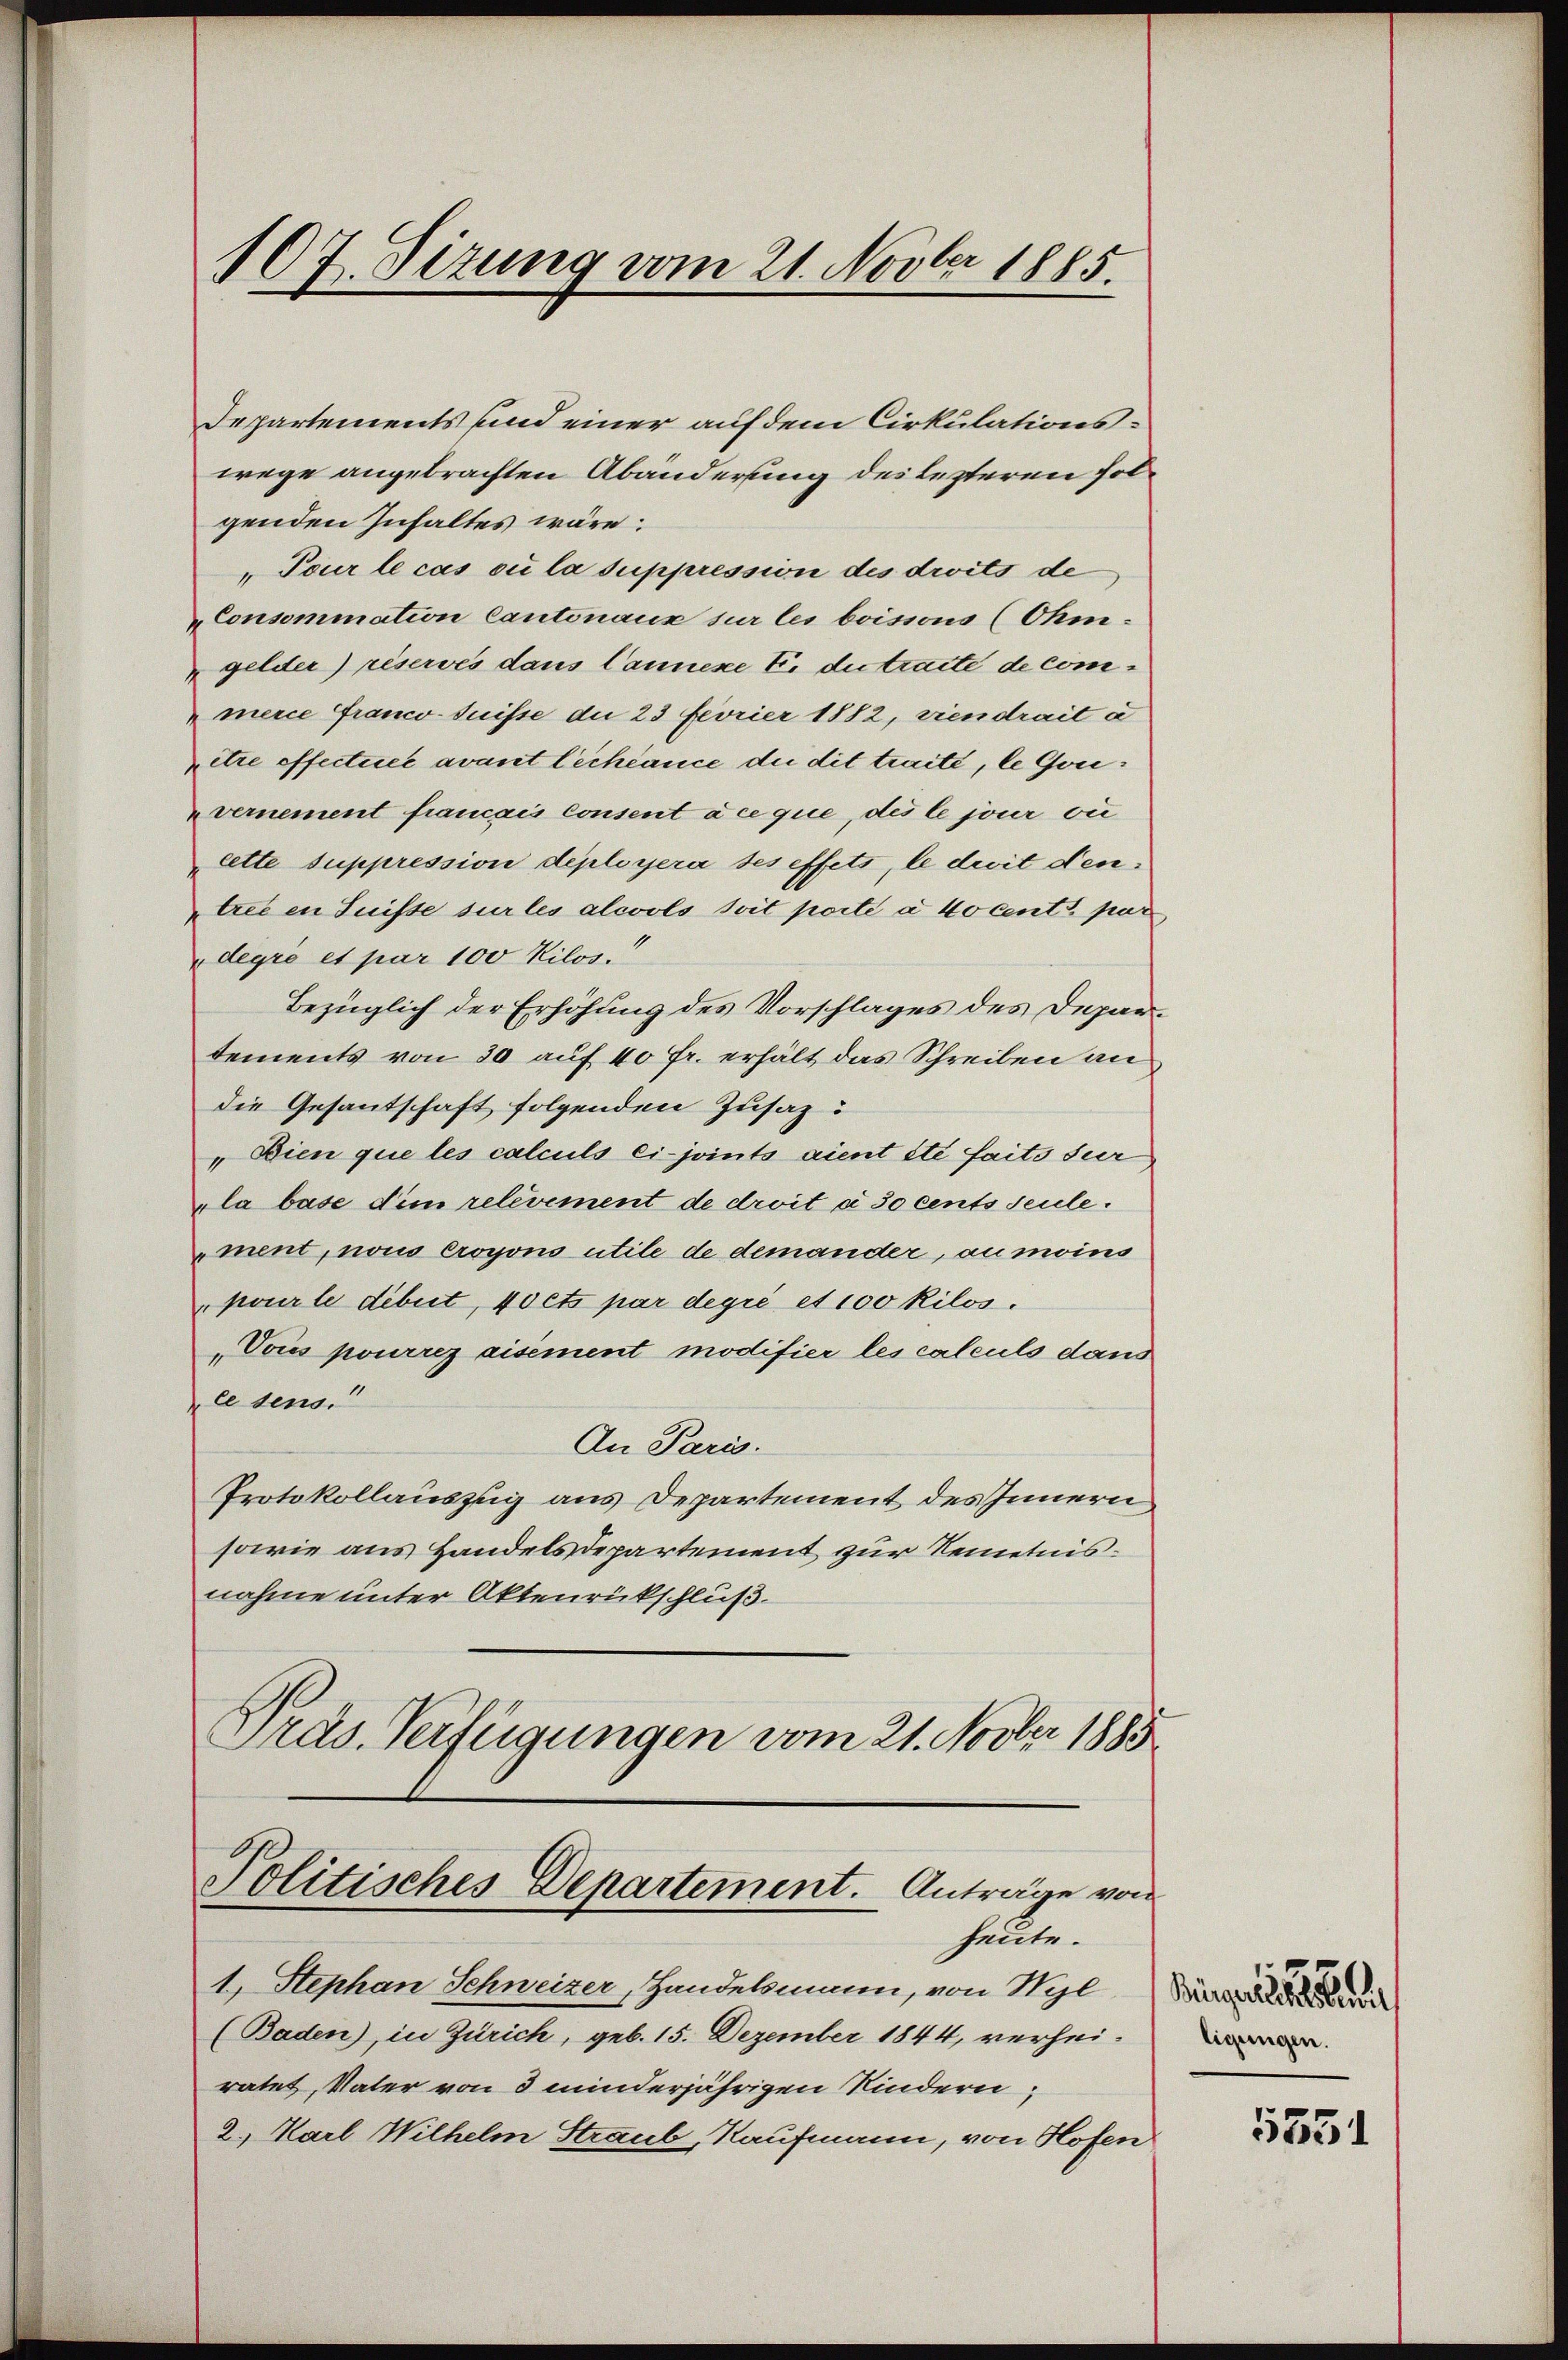
Departements und einer auf dem Cirkulationswege angebrachten Abänderung des lezteren folgenden Inhaltes wäre:
„Pour le cas ou la suppression des droits de
Consommation Cantonaux sur les boissous (Ohm.
gelder) réservés dans Cannicke E. du traite de commerce Franco-Suisse die 23 fevrier 1882, viendrait a
itre offectuée avant l’échéance die dit traité, le Gouvernement francais consent à ce que, des le jour vi
cette suppression déployera des effets, le droit dentree en Suisse sur les alcools soit porte à 4o cent par
degro et par 100 Kilos.
Bezüglich der Erhöhung des Vorschlages des Departements von 30 auf 40 Fr. erhält das Schreiben an
die Gesantschaft folgenden Zusaz:
„Bien que les calculs ci-joints aient été faits sur
la base dem relevement de droit à 30 cents seule.
ment, nous Croyono utile de demander, au moins
pour le debet, 40 cts par degré et 100 Kilos.
Vous pourrez aisement modifier les calculs dans
lesens.
An Paris.
Protokollauszug aus Departement des Innern
sowie aus Handelsdepartement zur Kenntnisnahme unter Aktenrückschluß.
Präs. Verfügungen vom 21. Novber 1885

107. Sizung vom 21. Novber 1885.

Politisches Departement. Anträge von
heute.

1. Stephan Schweizer, Handelsmann, von Wyl
(Baden), in Zürich, geb. 15. Dezember 1844, verheiratet, Vater von 3 minderjährigen Kindern,
2. Karl Wilhelm Straub, Kaufmann, von Hofen

Müngerath haben
ligungen.

5351